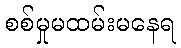
စစ်မှုမထမ်းမနေရ